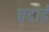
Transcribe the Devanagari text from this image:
चदाई